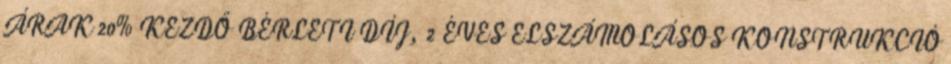
ÁRAK 20% KEZDŐ BÉRLETI DÍJ, 2 ÉVES ELSZÁMOLÁSOS KONSTRUKCIÓ